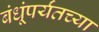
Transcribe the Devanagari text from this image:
बंधूंपर्यंतच्या